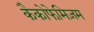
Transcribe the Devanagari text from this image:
कैकोफेमिज़म